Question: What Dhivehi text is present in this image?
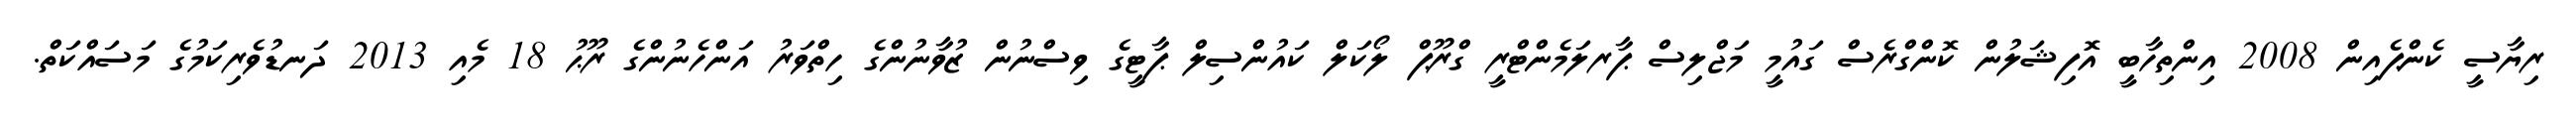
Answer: ރިޔާސީ ކެންޕެއިން 2008 އިންތިހާބީ އޮފިޝަލުން ކޮންގްރެސް ގައުމީ މަޖްލިސް ޕާރލަމެންޓްރީ ގްރޫޕް ލޯކަލް ކައުންސިލް ޕާޓީގެ ވިސްނުން ޒުވާނުންގެ ހިތްވަރު އަންހެނުންގެ ރޫޙު 18 މެއި 2013 ދަނޑުވެރިކަމުގެ މަސައްކަތް.